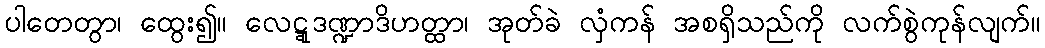
ပါတေတွာ၊ ထွေး၍။ လေဋ္ဋုဒဏ္ဍာဒိဟတ္ထာ၊ အုတ်ခဲ လှံကန် အစရှိသည်ကို လက်စွဲကုန်လျက်။